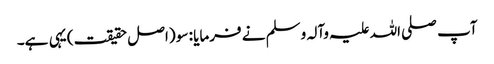
آپ صلی اللہ علیہ وآلہ وسلم نے فرمایا : سو (اصل حقیقت) یہی ہے۔